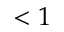
< 1